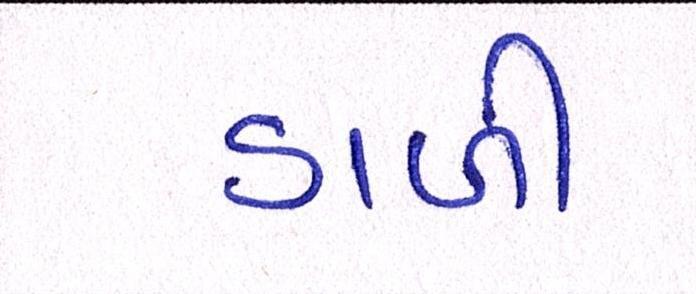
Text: ડાળી